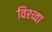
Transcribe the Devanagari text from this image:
विश्व्वा